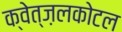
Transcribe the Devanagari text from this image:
क्वेत्ज़लकोटल